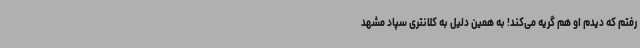
رفتم که دیدم او هم گریه می‌کند! به همین دلیل به کلانتری سپاد مشهد